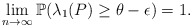
\begin{align*} \lim_{n \to \infty}{\mathbb{P}(\lambda_1(P) \geq \theta-\epsilon)}=1.\end{align*}